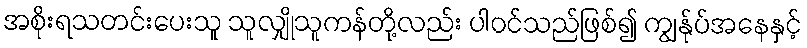
အစိုးရသတင်းပေးသူ သူလျှိုသူကန်တို့လည်း ပါဝင်သည်ဖြစ်၍ ကျွန်ုပ်အနေနှင့်